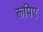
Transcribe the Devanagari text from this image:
रूपिए